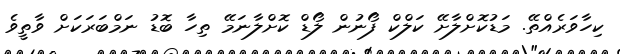
ކިހާވަރެއްތޭ. މަޑުކޮށްލާށޭ ކަލްކް ފޯނުން ލޯޑް ކޮށްލާނަމޭ ތިހާ ބޮޑު ނަމްބަރަކަށް ވާތީވެ